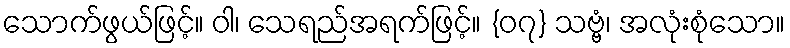
သောက်ဖွယ်ဖြင့်။ ဝါ၊ သေရည်အရက်ဖြင့်။ {၀၇} သဗ္ဗံ၊ အလုံးစုံသော။